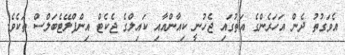
އެވަގުތު ދެން އަހަރެންގެ އަތުގައި ޖެހުނީ ކިއާންއާއި ކައިލްގެ ޖެކެޓް އިންފްލޭޓެބަލްސް ތަކެވެ.